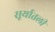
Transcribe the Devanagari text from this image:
सूर्यातली